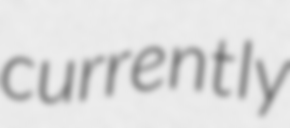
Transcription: currently